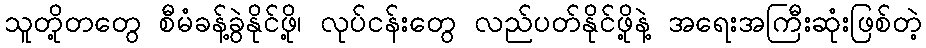
သူတို့တတွေ စီမံခန့်ခွဲနိုင်ဖို့၊ လုပ်ငန်းတွေ လည်ပတ်နိုင်ဖို့နဲ့ အရေးအကြီးဆုံးဖြစ်တဲ့